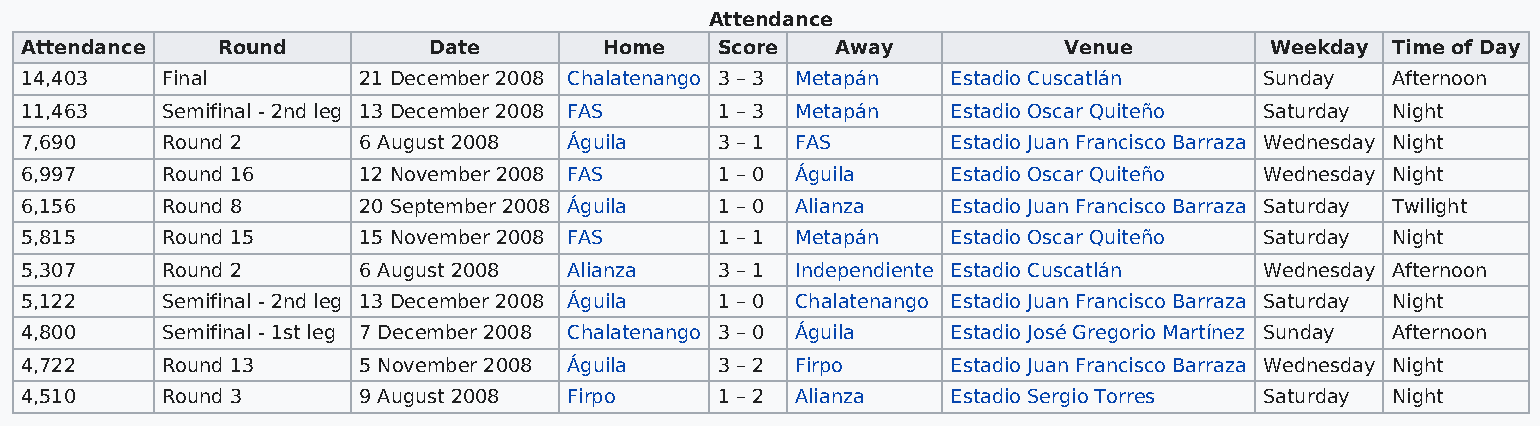
Attendance
 Attendance   Round         Date        Home   Score   Away           Venue         Weekday Time of Day
 14,403    Final        21 December 2008 Chalatenango 3 – 3 Metapán Estadio Cuscatlán Sunday Afternoon
 11,463    Semifinal - 2nd leg 13 December 2008 FAS 1 – 3 Metapán Estadio Oscar Quiteño Saturday Night
 7,690     Round 2      6 August 2008 Águila   3 – 1 FAS       Estadio Juan Francisco Barraza Wednesday Night
 6,997     Round 16     12 November 2008 FAS   1 – 0 Águila    Estadio Oscar Quiteño Wednesday Night
 6,156     Round 8      20 September 2008 Águila 1 – 0 Alianza Estadio Juan Francisco Barraza Saturday Twilight
 5,815     Round 15     15 November 2008 FAS   1 – 1 Metapán   Estadio Oscar Quiteño Saturday Night
 5,307     Round 2      6 August 2008 Alianza  3 – 1 Independiente Estadio Cuscatlán Wednesday Afternoon
 5,122     Semifinal - 2nd leg 13 December 2008 Águila 1 – 0 Chalatenango Estadio Juan Francisco Barraza Saturday Night
 4,800     Semifinal - 1st leg 7 December 2008 Chalatenango 3 – 0 Águila Estadio José Gregorio Martínez Sunday Afternoon
 4,722     Round 13     5 November 2008 Águila 3 – 2 Firpo     Estadio Juan Francisco Barraza Wednesday Night
 4,510     Round 3      9 August 2008 Firpo    1 – 2 Alianza   Estadio Sergio Torres Saturday Night